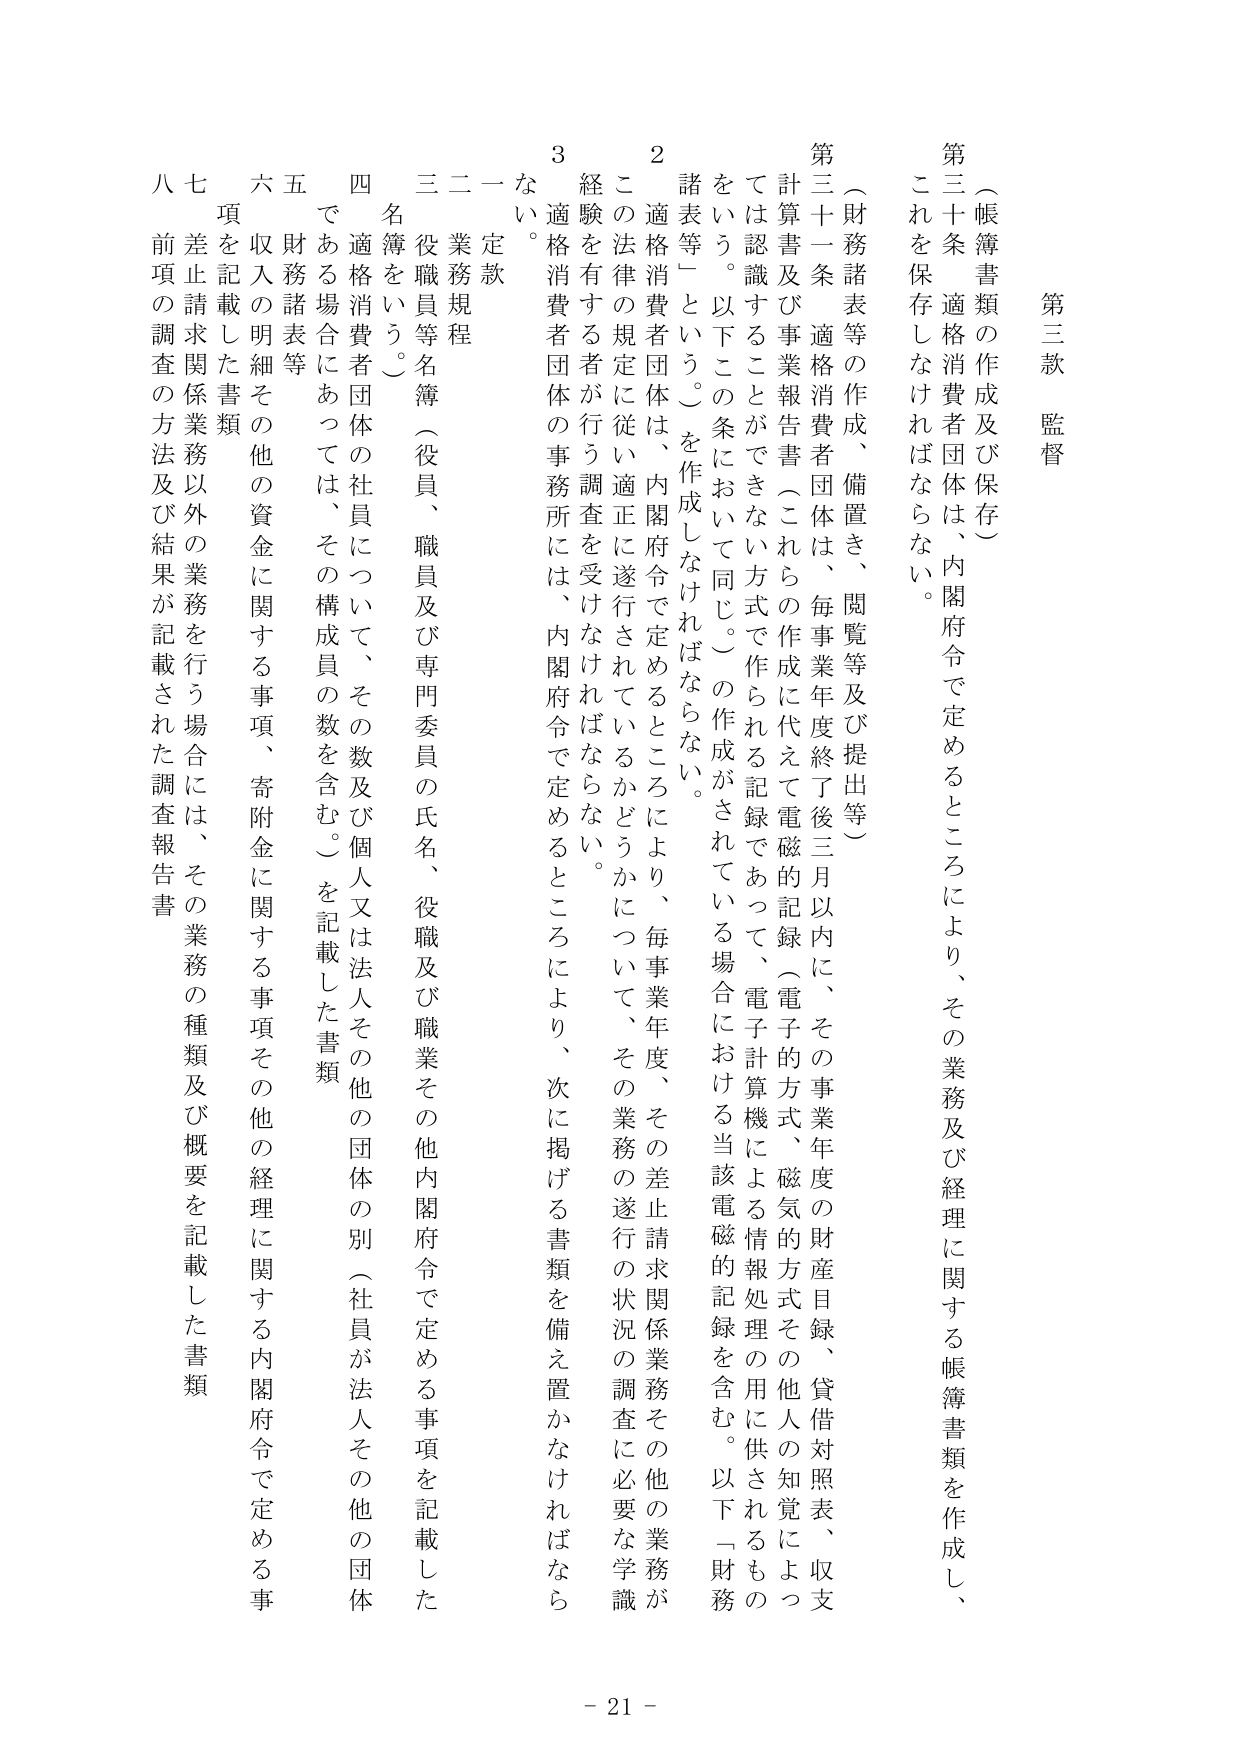
第三款 監督

（帳簿書類の作成及び保存）

第三十条 適格消費者団体は、内閣府令で定めるところにより、その業務及び経理に関する帳簿書類を作成し、これを保存しなければならない。

（財務諸表等の作成、備置き、閲覧等及び提出等）

第三十一条 適格消費者団体は、毎事業年度終了後三月以内に、その事業年度の財産目録、貸借対照表、収支計算書及び事業報告書（これらの作成に代えて電磁的記録（電子的方式、磁気的方式その他人の知覚によつては認識することができない方式で作られる記録であつて、電子計算機による情報処理の用に供されるものをいう。以下この条において同じ。）の作成がされている場合における当該電磁的記録を含む。以下「財務諸表等」という。）を作成しなければならない。

２ 適格消費者団体は、内閣府令で定めるところにより、毎事業年度、その差止請求関係業務その他の業務がこの法律の規定に従い適正に遂行されているかどうかについて、その業務の遂行の状況の調査に必要な学識経験を有する者が行う調査を受けなければならない。

３ 適格消費者団体の事務所には、内閣府令で定めるところにより、次に掲げる書類を備え置かなければならない。

一 定款

二 業務規程

三 役職員等名簿（役員、職員及び専門委員の氏名、役職及び職業その他内閣府令で定める事項を記載した名簿をいう。）

四 適格消費者団体の社員について、その数及び個人又は法人その他の団体の別（社員が法人その他の団体である場合にあっては、その構成員の数を含む。）を記載した書類

五 財務諸表等

六 収入の明細その他の資金に関する事項、寄附金に関する事項その他の経理に関する内閣府令で定める事項を記載した書類

七 差止請求関係業務以外の業務を行う場合には、その業務の種類及び概要を記載した書類

八 前項の調査の方法及び結果が記載された調査報告書

- 21 -